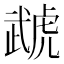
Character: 虣